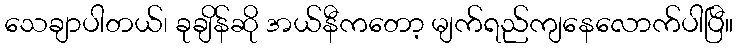
သေချာပါတယ်၊ ခုချိန်ဆို အယ်နီကတော့ မျက်ရည်ကျနေလောက်ပါပြီ။